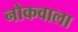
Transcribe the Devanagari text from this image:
नोकवाला